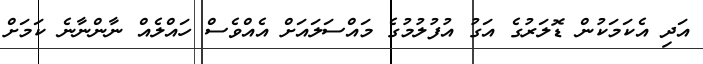
އަދި އެކަމަކުން ޑޮލަރުގެ އަގު އުފުލުމުގެ މައްސަލައަށް އެއްވެސް ހައްލެއް ނާންނާނެ ކަމަށް